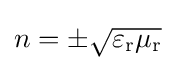
{\textstyle n=\pm {\sqrt {\varepsilon _{\mathrm {r} }\mu _{\mathrm {r} }}}}